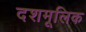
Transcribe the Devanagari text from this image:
दशमूलिक